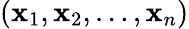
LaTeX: \left(\mathbf{x}_{1},\mathbf{x}_{2},\ldots,\mathbf{x}_{n}\right)